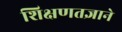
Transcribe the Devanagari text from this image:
शिक्षणतज्ञाने